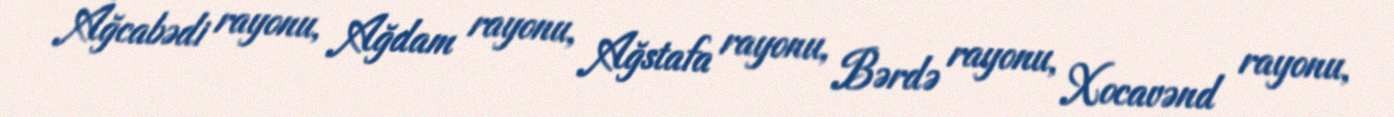
Ağcabədi rayonu, Ağdam rayonu, Ağstafa rayonu, Bərdə rayonu, Xocavənd rayonu,